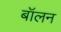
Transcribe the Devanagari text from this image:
बॉलन